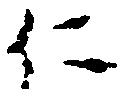
仁